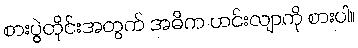
စားပွဲတိုင်းအတွက် အဓိက ဟင်းလျာကို စားပါ။